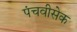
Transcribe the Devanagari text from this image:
पंचवीसेक